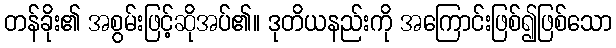
တန်ခိုး၏ အစွမ်းဖြင့်ဆိုအပ်၏။ ဒုတိယနည်းကို အကြောင်းဖြစ်၍ဖြစ်သော